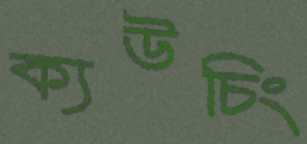
ক্যউচিং